Annual report on the mental hospital in the Central Provinces and Berar (Nagpur) - 1927-1951
Year: 1927
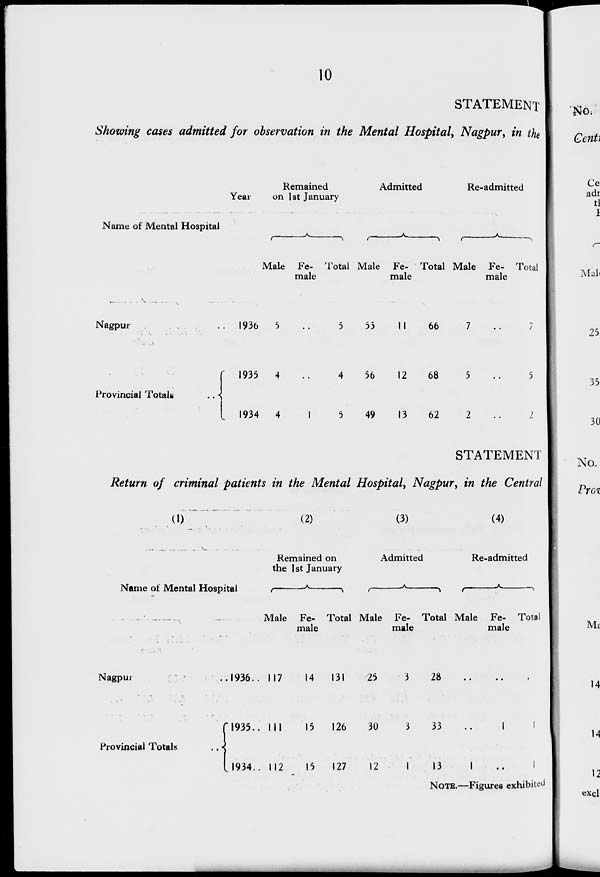
10
STATEMENT
Showing cases admitted for observation in the Mental Hospital, Nagpur, in the
Year
Name of Mental Hospital
Nagpur ..
Provincial Totals ..
1936
1935
1934
Remained
on 1st January
Male
5
4
4
Fe-
male
..
.
1
Total
5
4
5
Admitted
Male
55
56
49
Fe-
male
11
12
13
Total
66
68
62
Re-admitted
Male
7
5
2
Fe-
male
..
..
..
Total
7
5
2
STATEMENT
Return of criminal patients in the Mental Hospital, Nagpur, in the Central
(1)
Name of Mental Hospital
Nagpur ..
Provincial Totals
..
1936 ..
1935 ..
1934 ..
(2)
Remained on
the 1st January
Male
117
111
112
Fe-
male
14
15
15
Total
131
126
127
(3)
Admitted
Male
25
30
12
Fe-
male
3
3
1
Total
28
33
13
(4)
Re-admitted
Male
..
..
1
Fe-
male
..
1
..
Total
..
1
1
NOTE.—Figures exhibited